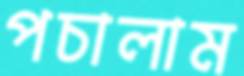
পচালাম